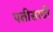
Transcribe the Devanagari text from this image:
पत्नीसाठी